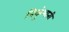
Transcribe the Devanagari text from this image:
निकुंभानी